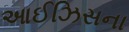
આઈઝિસના